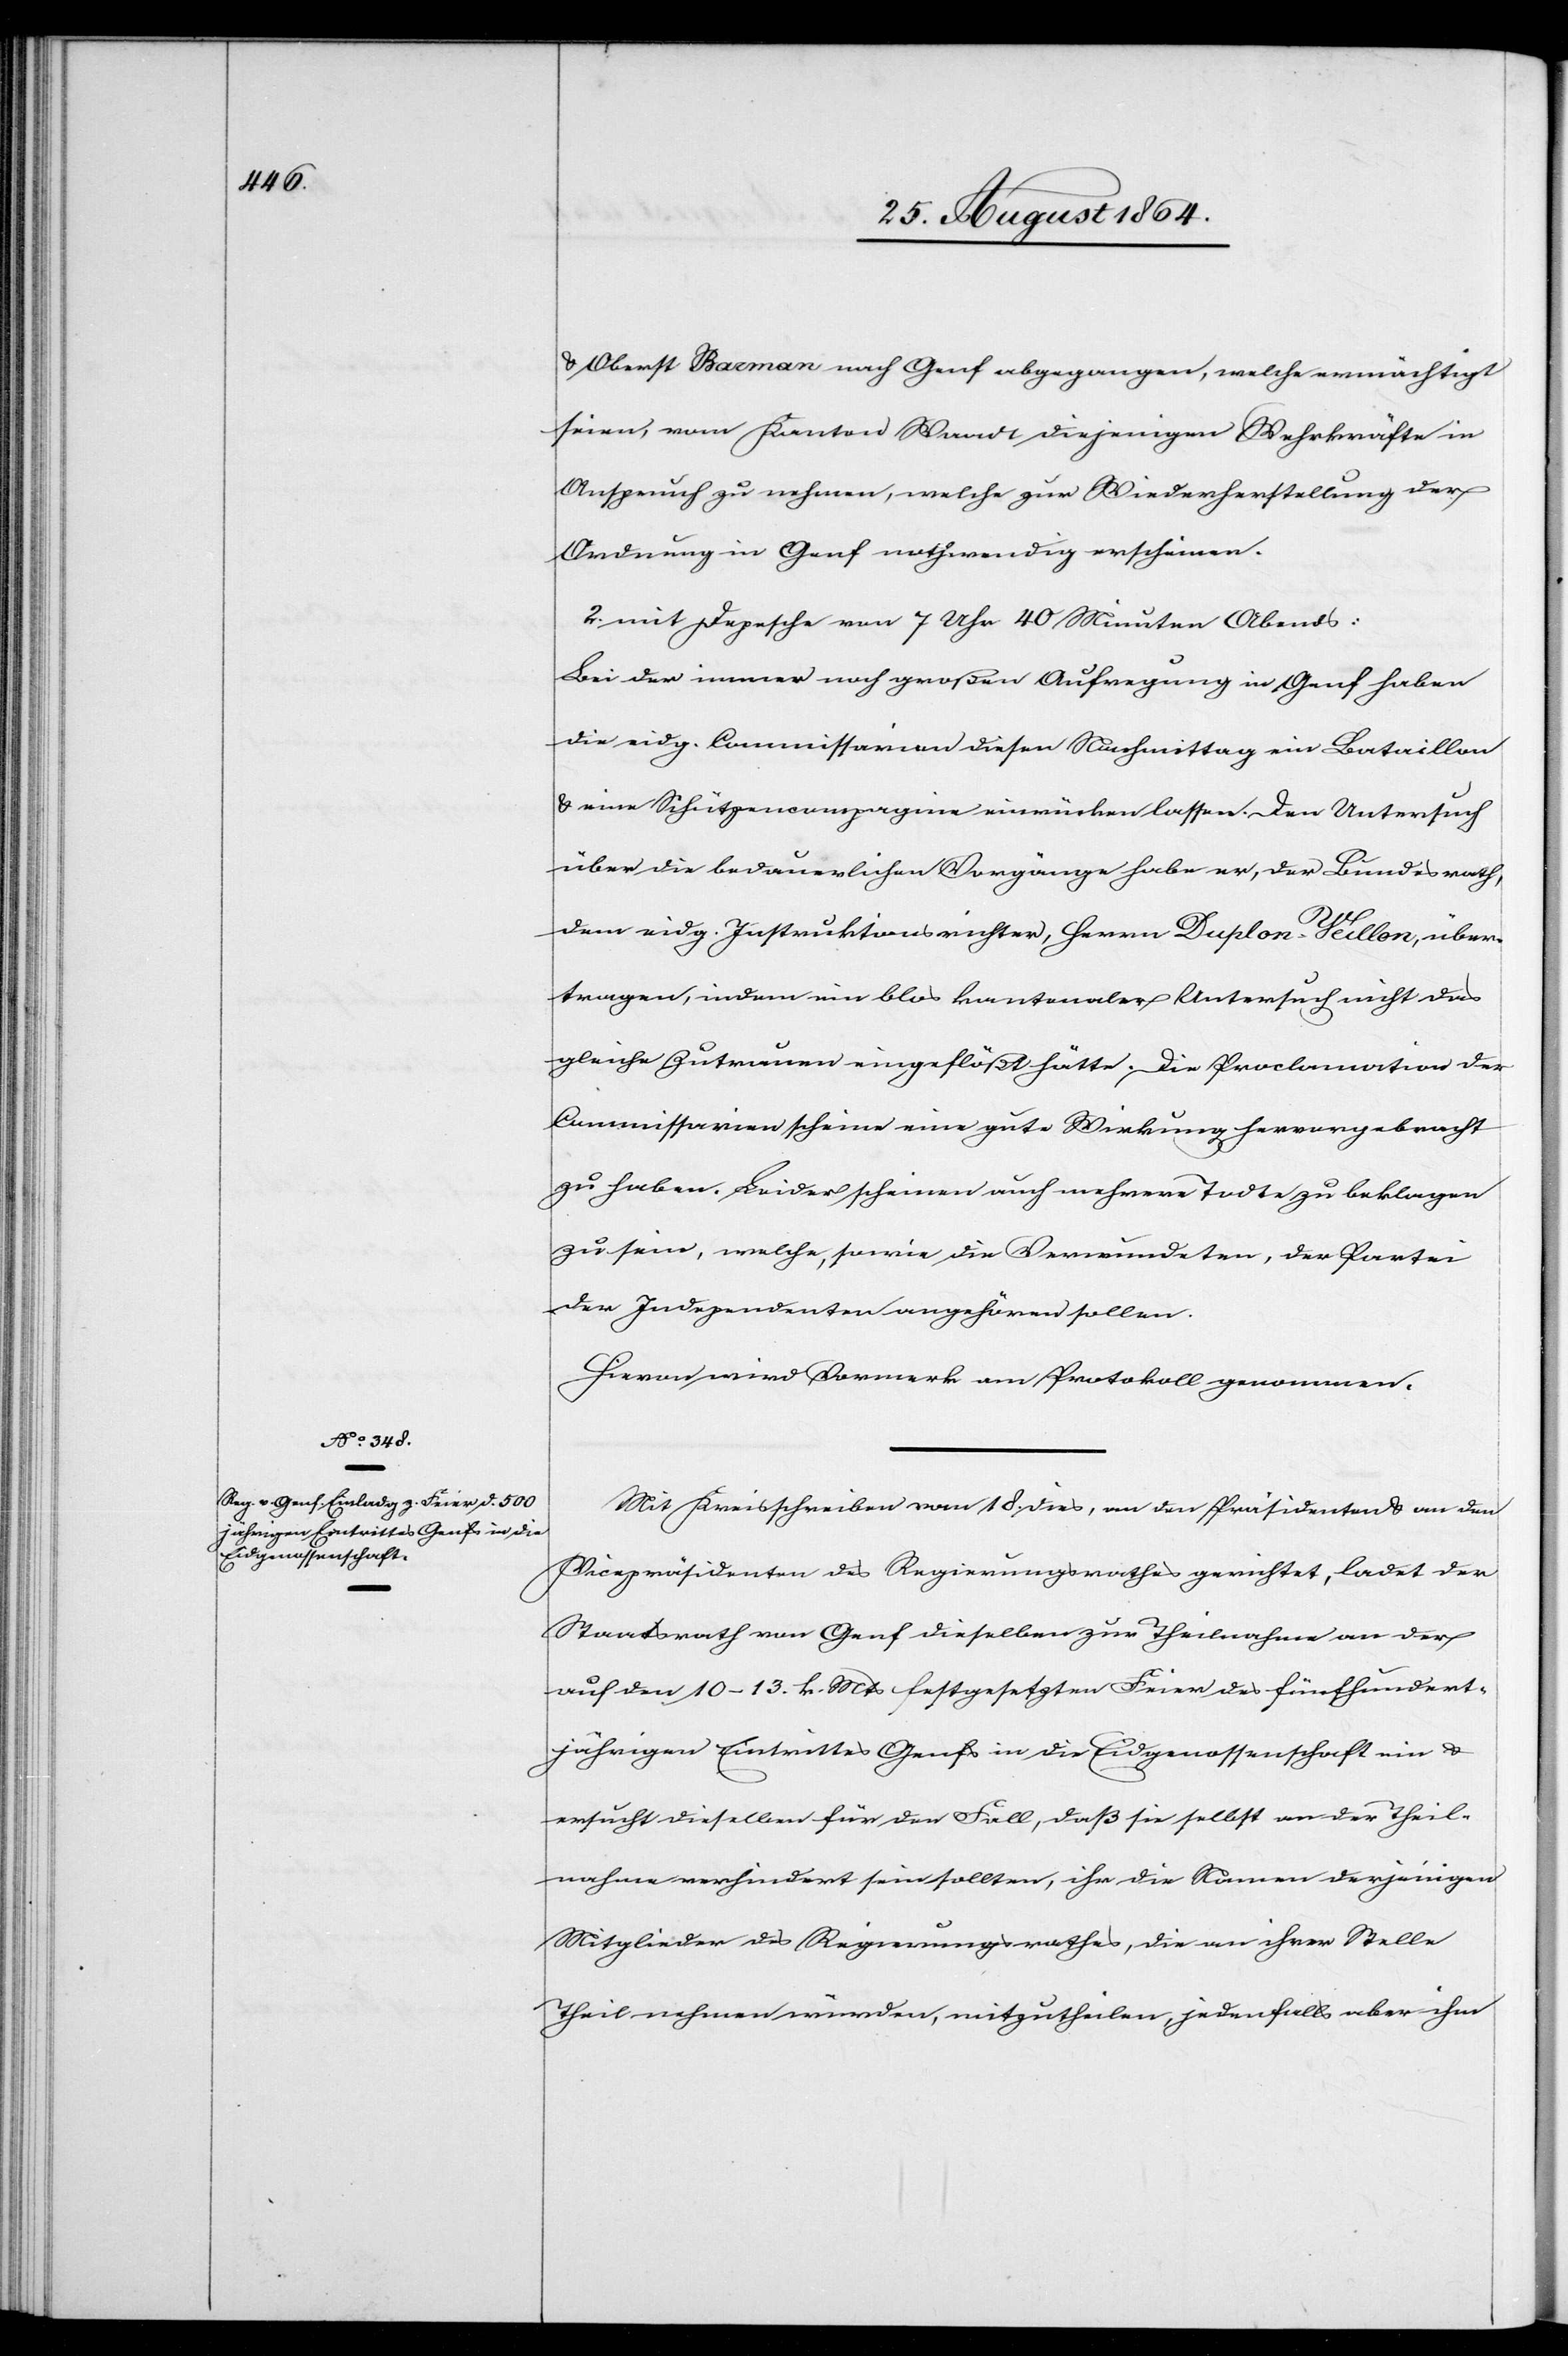
& Oberst Barman nach Genf abgegangen, welche ermächtigt
seien, vom Kanton Waadt diejenigen Wehrkräfte in
Anspruch zu nehmen, welche zur Wiederherstellung der
Ordnung in Genf nothwendig erscheinen.
2. mit Depesche von 7 Uhr 40 Minuten Abends:
Bei der immer noch großen Aufregung in Genf haben
die eidg. Commissarien diesen Nachmittag ein Bataillon
& eine Schützencompagnie einrücken lassen. Den Untersuch
über die bedauerlichen Vorgänge habe er, der Bundesrath,
dem eidg. Instruktionsrichter, Herrn Duplon-Veillon, über¬
tragen, indem ein blos kantonaler Untersuch nicht das
gleiche Zutrauen eingeflößt hätte. Die Proclamation der
Commissarien scheine eine gute Wirkung hervorgebracht
zu haben. Leider scheinen auch mehrere Todte zu beklagen
zu sein, welche, sowie die Verwundeten, der Partei
der Independenten angehören sollen.
Hievon wird Vormerk am Protokoll genommen.
Mit Kreisschreiben vom 18. dies, an den Präsidenten & an den
Vicepräsidenten des Regierungsrathes gerichtet, ladet der
Staatsrath von Genf dieselben zur Theilnahme an der
auf den 10–13. k. Mts festgesetzten Feier des fünfhundert¬
jährigen Eintrittes Genfs in die Eidgenossenschaft ein &
ersucht dieselben für den Fall, daß sie selbst an der Theil¬
nahme verhindert sein sollten, ihr die Namen derjenigen
Mitglieder des Regierungsrathes, die an ihrer Stelle
Theil nehmen würden, mitzutheilen, jedenfalls aber ihm